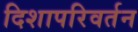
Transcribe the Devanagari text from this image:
दिशापरिवर्तन